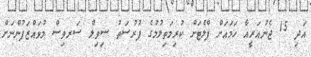
އަދި 15 ޖެނުއަރީއާ ހަމައަށް ފްލެޓަށް ކުރިމަތިލުމުގެ ފުރުސަތު ސިވިލް ސަރވިސް މުވައްޒަފުންނަށް